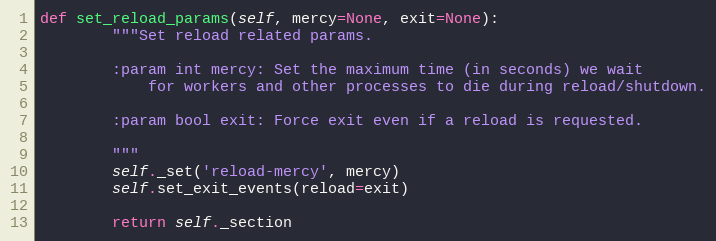
Language: Python
def set_reload_params(self, mercy=None, exit=None):
        """Set reload related params.

        :param int mercy: Set the maximum time (in seconds) we wait
            for workers and other processes to die during reload/shutdown.

        :param bool exit: Force exit even if a reload is requested.

        """
        self._set('reload-mercy', mercy)
        self.set_exit_events(reload=exit)

        return self._section